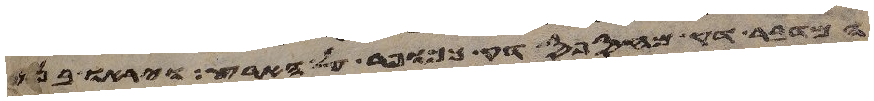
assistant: המדבר דק מחספס דק ככופר על הארץ ויראו בני